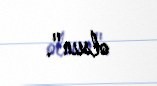
olsun".